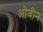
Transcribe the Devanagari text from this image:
ओवीन